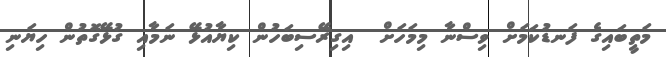
މަތީބައިގެ ފަނޑުކަމަށް ވިސްނާ މިމަހަށް  އިގިރޭސިބަހުން ކިޔާއުޅޭ ނަމާއި ގުޅޭގޮތުން ހިޔަނި